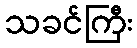
သခင်ကြီး